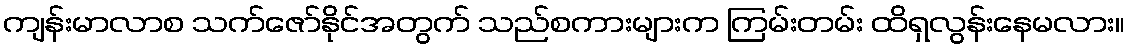
ကျန်းမာလာစ သက်ဇော်နိုင်အတွက် သည်စကားများက ကြမ်းတမ်း ထိရှလွန်းနေမလား။